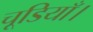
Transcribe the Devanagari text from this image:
चूडियाँ।